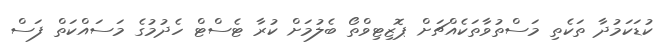
ކުޑަކަމުދާ ތަކެތި މަސްތުވާތަކެއްޗަށް ޕޮޒިޓިވްތޯ ބެލުމަށް ކުރާ ޓެސްޓް ހެދުމުގެ މަސައްކަތް ފަސް